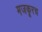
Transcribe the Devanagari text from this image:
मजकूरच